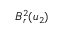
B _ { r } ^ { 2 } ( u _ { 2 } )